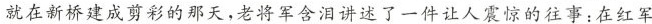
就在新桥建成剪彩的那天，老将军含泪讲述了一件让人震惊的往事：在红军